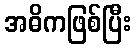
အဓိကဖြစ်ပြီး